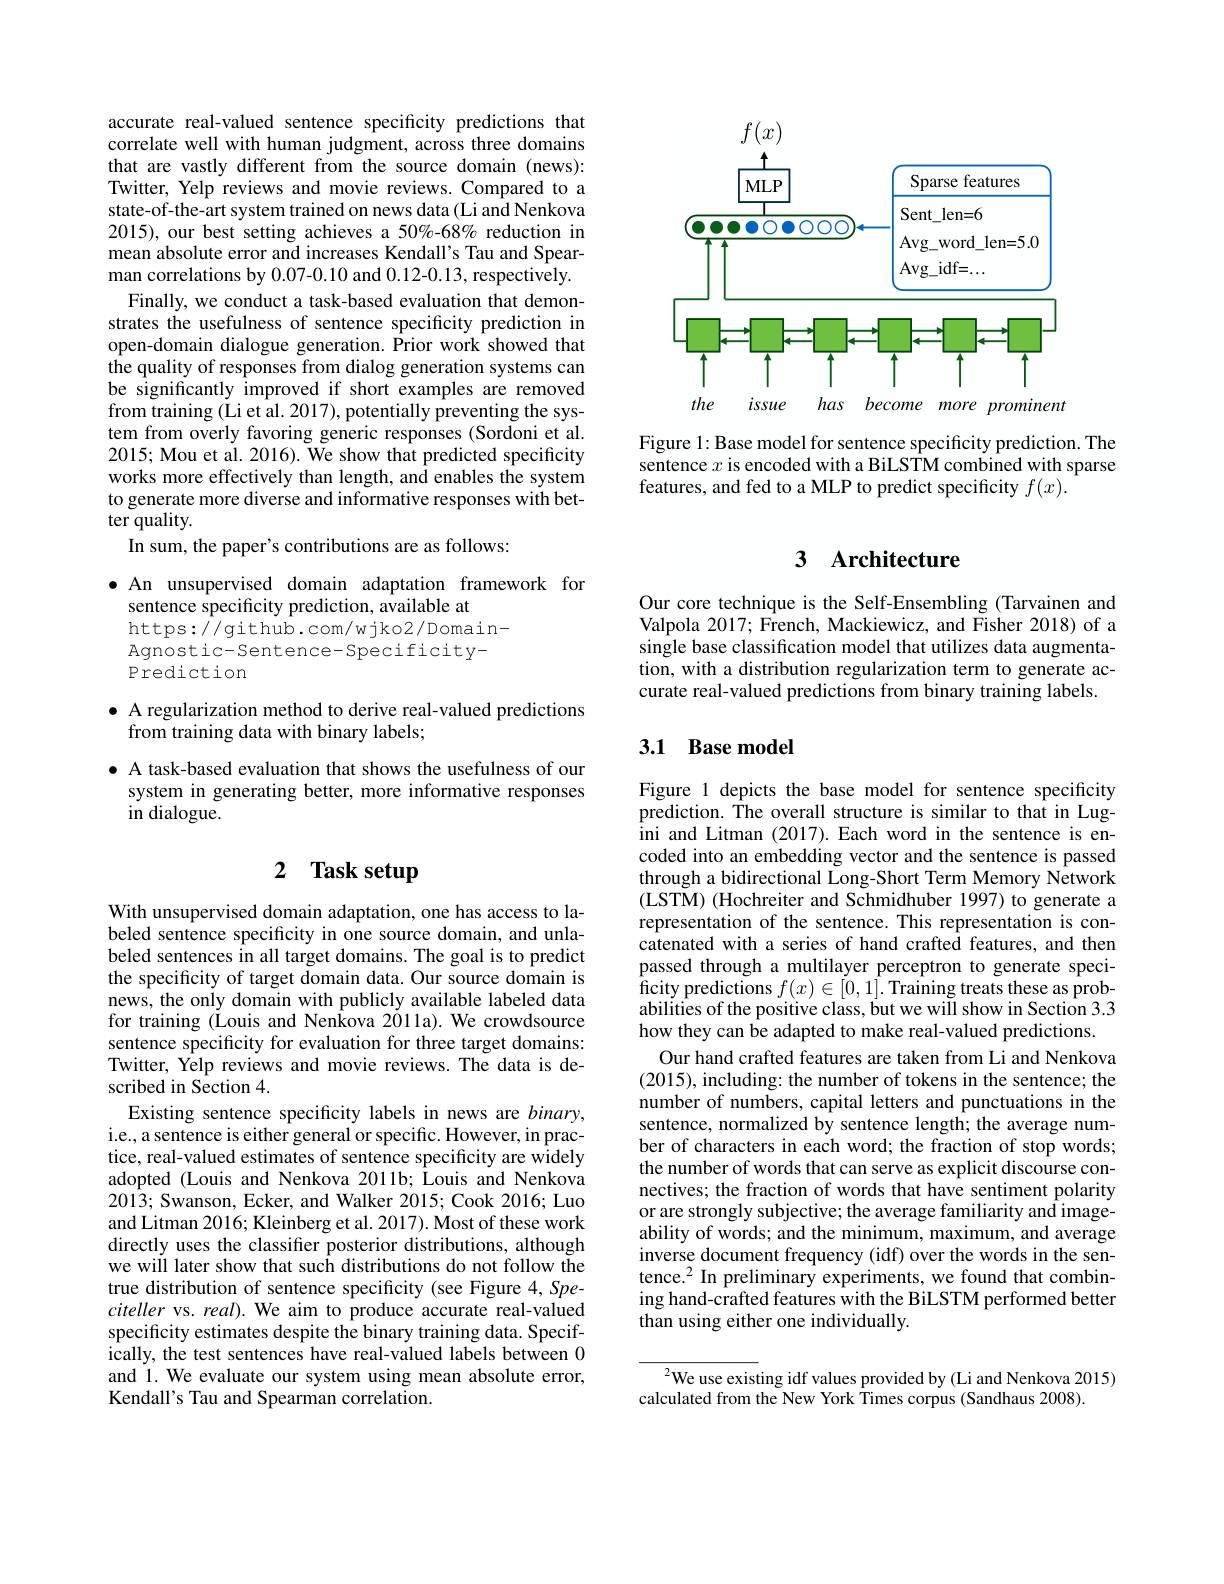
<FigureHere>

Figure 1: Base model for sentence specificity prediction. The sentence $x$ is encoded with a BiLSTM combined with sparse features, and fed to a MLP to predict specificity $f(x).$

accurate real-valued sentence specificity predictions that correlate well with human judgment, across three domains that are vastly different from the source domain (news): Twitter, Yelp reviews and movie reviews. Compared to a state-of-the-art system trained on news data (Li and Nenkova 2015), our best setting achieves a 50%-68% reduction in mean absolute error and increases Kendall's Tau and Spearman correlations by 0.07-0.10 and 0.12-0.13, respectively.
Finally, we conduct a task-based evaluation that demonstrates the usefulness of sentence specificity prediction in open-domain dialogue generation. Prior work showed that the quality of responses from dialog generation systems can be significantly improved if short examples are removed from training (Li et al. 2017), potentially preventing the system from overly favoring generic responses (Sordoni et al. 2015; Mou et al. 2016). We show that predicted specificity works more effectively than length, and enables the system to generate more diverse and informative responses with better quality.
In sum, the paper's contributions are as follows:

$\bullet$ An unsupervised domain adaptation framework for
sentence specificity prediction, available at
https://github.com/wjko2/Domain-
Agnostic-Sentence-Specificity-
Prediction

## $\bullet$ A regularization method to derive real-valued predictions from training data with binary labels;

$\bullet$ A task-based evaluation that shows the usefulness of our
system in generating better, more informative responses
in dialogue.

# 2 Task setup

With unsupervised domain adaptation, one has access to labeled sentence specificity in one source domain, and unlabeled sentences in all target domains. The goal is to predict the specificity of target domain data. Our source domain is news, the only domain with publicly available labeled data for training (Louis and Nenkova 2011a). We crowdsource sentence specificity for evaluation for three target domains: Twitter, Yelp reviews and movie reviews. The data is described in Section 4.
Existing sentence specificity labels in news are $binary$, i.e., a sentence is either general or specific. However, in practice, real-valued estimates of sentence specificity are widely adopted (Louis and Nenkova 2011b; Louis and Nenkova 2013; Swanson, Ecker, and Walker 2015; Cook 2016; Luo and Litman 2016; Kleinberg et al. 2017). Most of these work directly uses the classifier posterior distributions, although we will later show that such distributions do not follow the true distribution of sentence specificity (see Figure 4, Speciteller vs. real). We aim to produce accurate real-valued specificity estimates despite the binary training data. Specifically, the test sentences have real-valued labels between 0 and 1. We evaluate our system using mean absolute error, Kendall's Tau and Spearman correlation.

## 3 $\textbf{Architecture}$

Our core technique is the Self-Ensembling (Tarvainen and Valpola 2017; French, Mackiewicz, and Fisher 2018) of a single base classification model that utilizes data augmentation, with a distribution regularization term to generate accurate real-valued predictions from binary training labels.

## 3.1 Base model

Figure 1 depicts the base model for sentence specificity prediction. The overall structure is similar to that in Lugini and Litman (2017). Each word in the sentence is encoded into an embedding vector and the sentence is passed through a bidirectional Long-Short Term Memory Network (LSTM) (Hochreiter and Schmidhuber 1997) to generate a representation of the sentence. This representation is concatenated with a series of hand crafted features, and then passed through a multilayer perceptron to generate speci- $\tilde{\text{ficity predictions }f(x)\in[0,1].\text{Training treats these as prob-}}$ abilities of the positive class, but we will show in Section 3.3 how they can be adapted to make real-valued predictions.
Our hand crafted features are taken from Li and Nenkova (2015), including: the number of tokens in the sentence; the number of numbers, capital letters and punctuations in the sentence, normalized by sentence length; the average number of characters in each word; the fraction of stop words; the number of words that can serve as explicit discourse connectives; the fraction of words that have sentiment polarity or are strongly subjective; the average familiarity and imageability of words; and the minimum, maximum, and average inverse document frequency (idf) over the words in the sentence.$^2$ In preliminary experiments, we found that combining hand-crafted features with the BiLSTM performed better than using either one individually

$^{2}$We use existing idf values provided by(Li and Nenkova 2015)
calculated from the New York Times corpus (Sandhaus 2008).